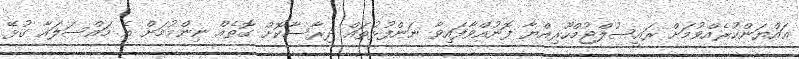
ޢައްޔަންކުރެއްވުމަށް ރައީސުލްޖުމްހޫރިއްޔާ ފޮނުއްވާފައިވާ ނަންފުޅުތައް ދިރާސާކޮށް ގޮތެއް ނިންމުމަށް އެ މައްސަލައާ ގުޅޭ